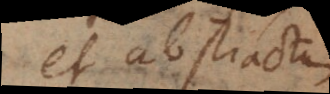
et abstracto